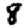
Digit: 8